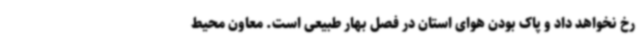
رخ نخواهد داد و پاک بودن هوای استان در فصل بهار طبیعی است. معاون محیط